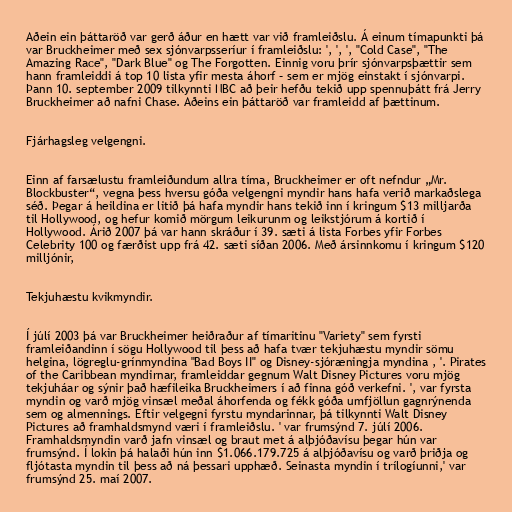
Aðein ein þáttaröð var gerð áður en hætt var við framleiðslu. Á einum tímapunkti þá
var Bruckheimer með sex sjónvarpsseríur í framleiðslu: ', ', ', "Cold Case", "The
Amazing Race", "Dark Blue" og The Forgotten. Einnig voru þrír sjónvarpsþættir sem
hann framleiddi á top 10 lista yfir mesta áhorf – sem er mjög einstakt í sjónvarpi.
Þann 10. september 2009 tilkynnti NBC að þeir hefðu tekið upp spennuþátt frá Jerry
Bruckheimer að nafni Chase. Aðeins ein þáttaröð var framleidd af þættinum.

Fjárhagsleg velgengni.

Einn af farsælustu framleiðundum allra tíma, Bruckheimer er oft nefndur „Mr.
Blockbuster“, vegna þess hversu góða velgengni myndir hans hafa verið markaðslega
séð. Þegar á heildina er litið þá hafa myndir hans tekið inn í kringum $13 milljarða
til Hollywood, og hefur komið mörgum leikurunm og leikstjórum á kortið í
Hollywood. Árið 2007 þá var hann skráður í 39. sæti á lista Forbes yfir Forbes
Celebrity 100 og færðist upp frá 42. sæti síðan 2006. Með ársinnkomu í kringum $120
milljónir,

Tekjuhæstu kvikmyndir.

Í júlí 2003 þá var Bruckheimer heiðraður af tímaritinu "Variety" sem fyrsti
framleiðandinn í sögu Hollywood til þess að hafa tvær tekjuhæstu myndir sömu
helgina, lögreglu-grínmyndina "Bad Boys II" og Disney-sjóræningja myndina , '. Pirates
of the Caribbean myndirnar, framleiddar gegnum Walt Disney Pictures voru mjög
tekjuháar og sýnir það hæfileika Bruckheimers í að finna góð verkefni. ', var fyrsta
myndin og varð mjög vinsæl meðal áhorfenda og fékk góða umfjöllun gagnrýnenda
sem og almennings. Eftir velgegni fyrstu myndarinnar, þá tilkynnti Walt Disney
Pictures að framhaldsmynd væri í framleiðslu. ' var frumsýnd 7. júlí 2006.
Framhaldsmyndin varð jafn vinsæl og braut met á alþjóðavísu þegar hún var
frumsýnd. Í lokin þá halaði hún inn $1.066.179.725 á alþjóðavísu og varð þriðja og
fljótasta myndin til þess að ná þessari upphæð. Seinasta myndin í trílogíunni,' var
frumsýnd 25. maí 2007.